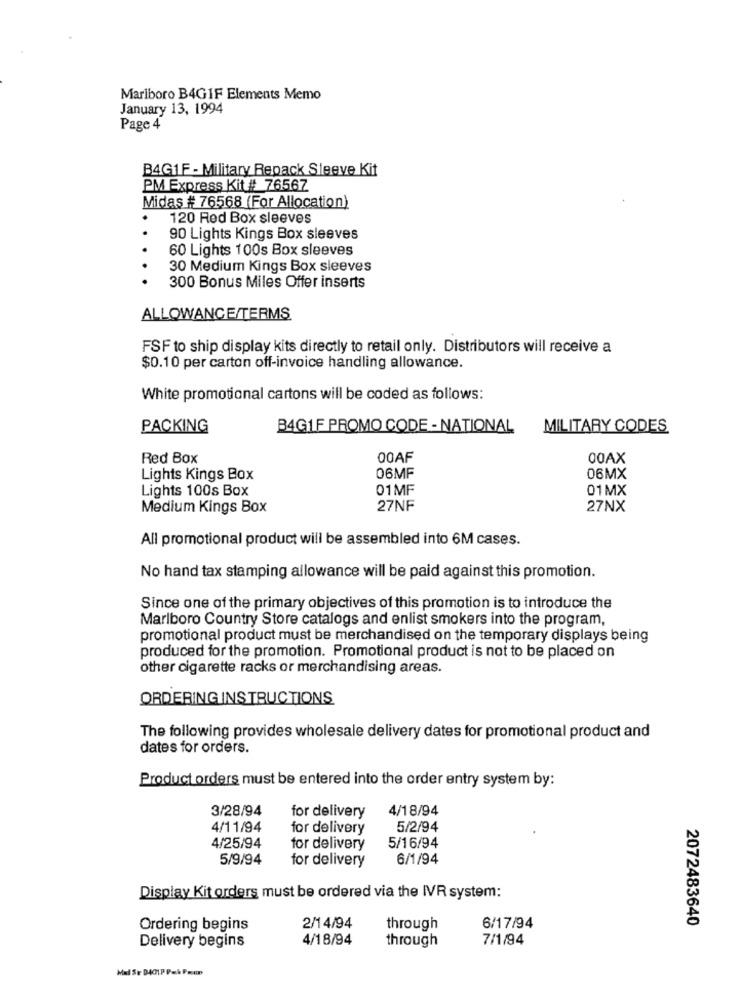
Marlboro B4GIF Elements Memo
January 13, 1994
Page 4
B4G1F - Military Repack Sleeve Kit
PM Express Kit # 76567
Midas # 76568 (For Allocation)
120 Red Box sleeves
90 Lights Kings Box sleeves
60 Lights 100s Box sleeves
30 Medium Kings Box sleeves
300 Bonus Miles Offer inserts
ALLOWANCE/TERMS
FSF to ship display kits directly to retail only. Distributors will receive a
$0.10 per carton off-invoice handling allowance.
White promotional cartons will be coded as follows:
PACKING
B4GIF PROMO CODE -NATIONAL
MILITARY CODES
Red Box
00AF
00AX
06MF
Lights Kings Box
06MX
Lights 100s Box
01MF
01MX
Medium Kings Box
27NF
27NX
All promotional product will be assembled into 6M cases.
No hand tax stamping allowance will be paid against this promotion.
Since one of the primary objectives of this promotion is to introduce the
Marlboro Country Store catalogs and enlist smokers into the program,
promotional product must be merchandised on the temporary displays being
produced for the promotion. Promotional product is not to be placed on
other cigarette racks or merchandising areas.
ORDERING INSTRUCTIONS
The following provides wholesale delivery dates for promotional product and
dates for orders.
Product orders must be entered into the order entry system by:
3/28/94
for delivery
4/18/94
4/11/94
for delivery
5/2/94
4/25/94
for delivery
5/16/94
5/9/94
for delivery
6/1/94
Display Kit orders must be ordered via the IVR system:
2072483640
Ordering begins
2/14/94
through
6/17/94
Delivery begins
4/18/94
through
7/1/94
Mal Se D401P Pack Pacco